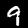
Digit: 9